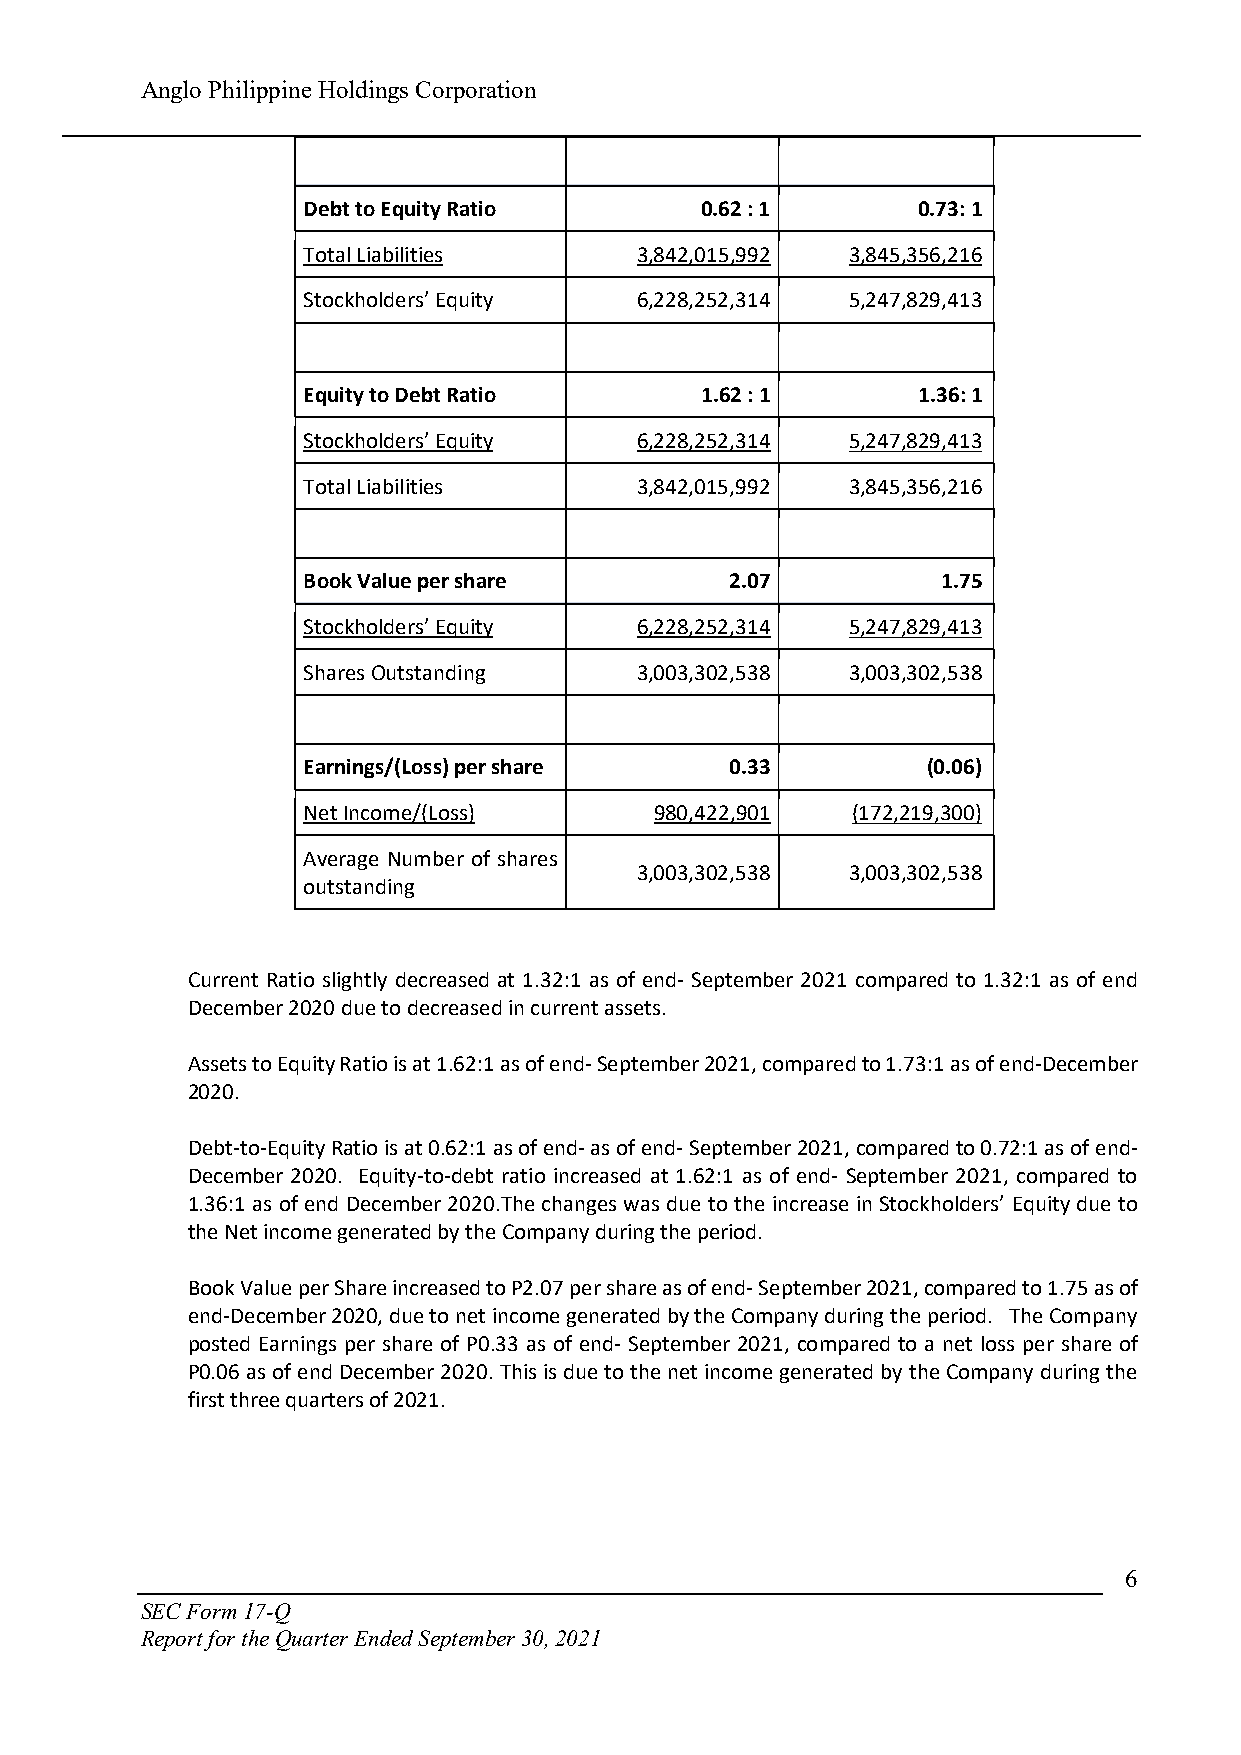
Anglo Philippine Holdings Corporation
 Debt to Equity Ratio      0.62 : 1       0.73: 1
 Total Liabilities     3,842,015,992 3,845,356,216
 Stockholders’ Equity  6,228,252,314 5,247,829,413
 Equity to Debt Ratio      1.62 : 1       1.36: 1
 Stockholders’ Equity  6,228,252,314 5,247,829,413
 Total Liabilities     3,842,015,992 3,845,356,216
 Book Value per share        2.07          1.75
 Stockholders’ Equity  6,228,252,314 5,247,829,413
 Shares Outstanding    3,003,302,538 3,003,302,538
 Earnings/(Loss) per share   0.33         (0.06)
 Net Income/(Loss)      980,422,901  (172,219,300)
 Average Number of shares
 3,003,302,538 3,003,302,538
 outstanding
 Current Ratio slightly decreased at 1.32:1 as of end- September 2021 compared to 1.32:1 as of end
 December 2020 due to decreased in current assets.
 Assets to Equity Ratio is at 1.62:1 as of end- September 2021, compared to 1.73:1 as of end-December
 2020.
 Debt-to-Equity Ratio is at 0.62:1 as of end- as of end- September 2021, compared to 0.72:1 as of end-
 December 2020. Equity-to-debt ratio increased at 1.62:1 as of end- September 2021, compared to
 1.36:1 as of end December 2020.The changes was due to the increase in Stockholders’ Equity due to
 the Net income generated by the Company during the period.
 Book Value per Share increased to P2.07 per share as of end- September 2021, compared to 1.75 as of
 end-December 2020, due to net income generated by the Company during the period. The Company
 posted Earnings per share of P0.33 as of end- September 2021, compared to a net loss per share of
 P0.06 as of end December 2020. This is due to the net income generated by the Company during the
 first three quarters of 2021.
 6
 SEC Form 17-Q
 Report for the Quarter Ended September 30, 2021